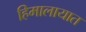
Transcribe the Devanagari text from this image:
हिमालायात